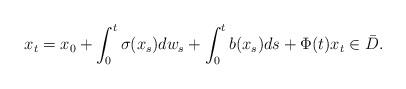
LaTeX: \begin{align*} x_t&=x_0+\int_0^t\sigma(x_s)dw_s+\int_0^tb(x_s)ds+\Phi(t)x_t\in \bar{D}.\end{align*}